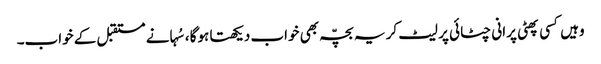
وہیں کسی پھٹی پرانی چٹائی پر لیٹ کر یہ بچّہ بھی خواب دیکھتا ہوگا ،سُہانے مستقبل کے خواب۔